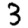
Digit: 3